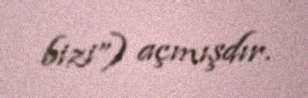
bizi”) açmışdır.